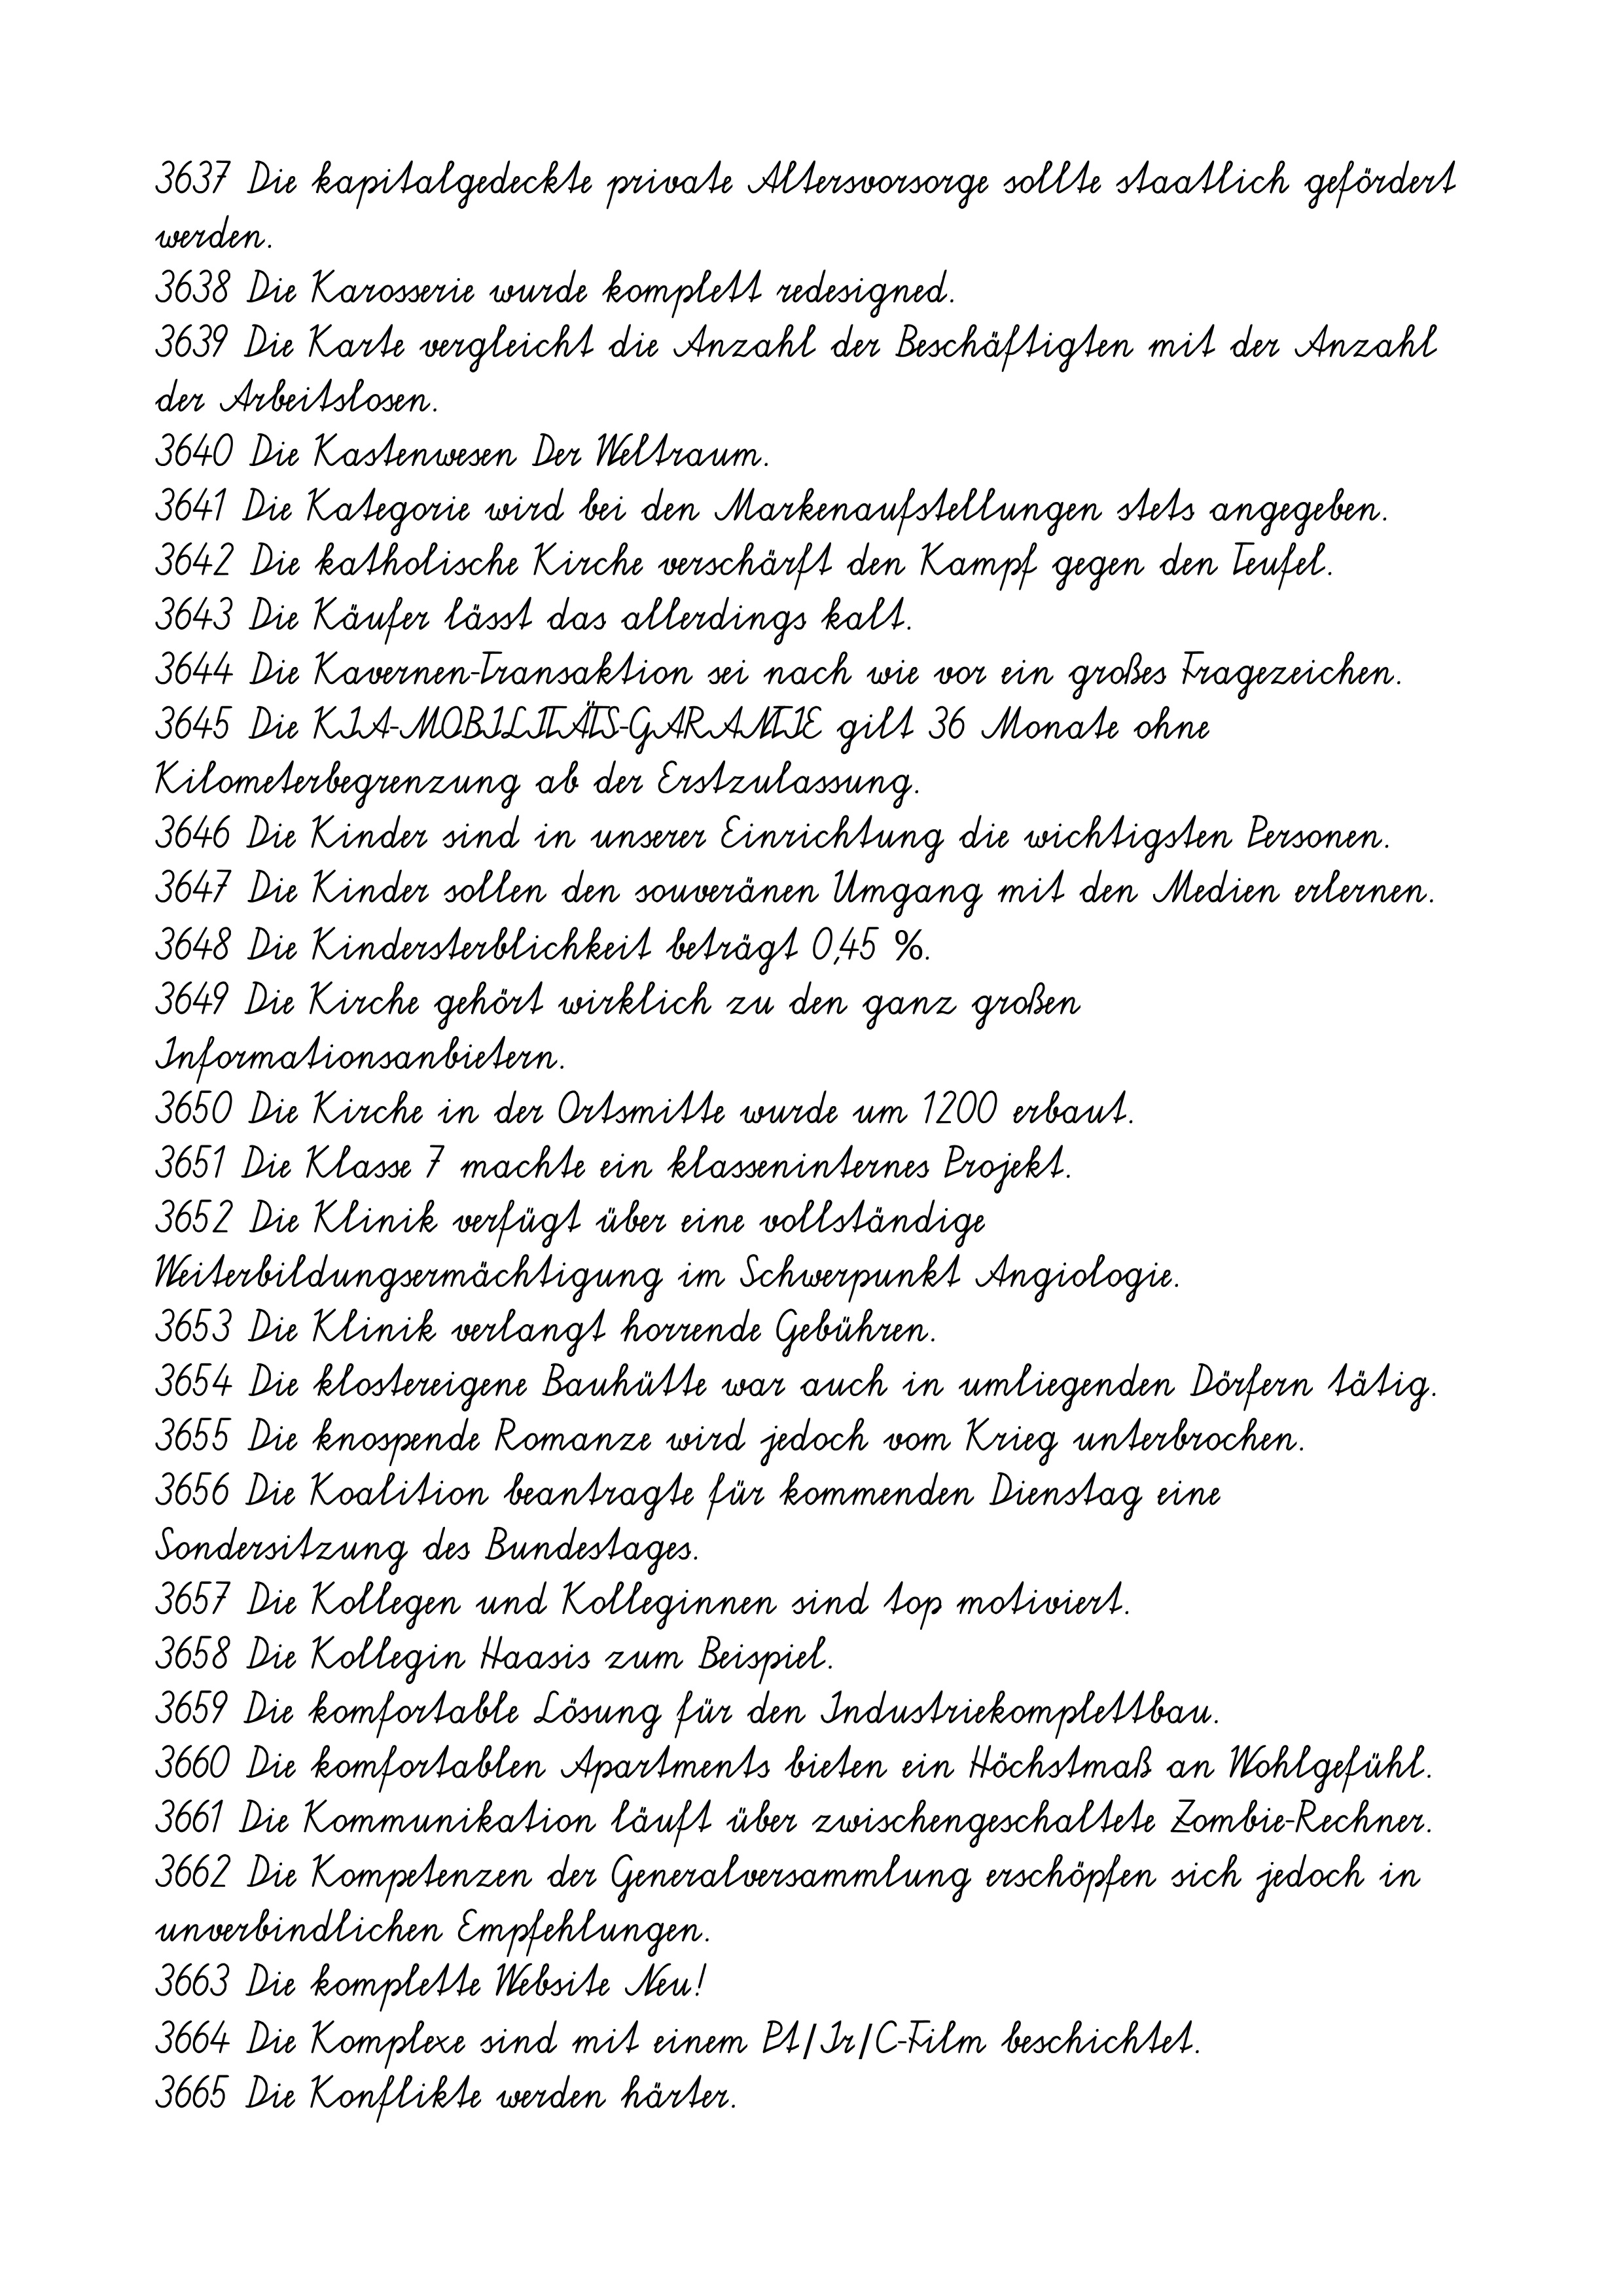
3637 Die kapitalgedeckte private Altersvorsorge sollte staatlich gefördert
werden.
3638 Die Karosserie wurde komplett redesigned.
3639 Die Karte vergleicht die Anzahl der Beschäftigten mit der Anzahl
der Arbeitslosen.
3640 Die Kastenwesen Der Weltraum.
3641 Die Kategorie wird bei den Markenaufstellungen stets angegeben.
3642 Die katholische Kirche verschärft den Kampf gegen den Teufel.
3643 Die Käufer lässt das allerdings kalt.
3644 Die Kavernen-Transaktion sei nach wie vor ein großes Fragezeichen.
3645 Die KIA-MOBILITÄTS-GARANTIE gilt 36 Monate ohne
Kilometerbegrenzung ab der Erstzulassung.
3646 Die Kinder sind in unserer Einrichtung die wichtigsten Personen.
3647 Die Kinder sollen den souveränen Umgang mit den Medien erlernen.
3648 Die Kindersterblichkeit beträgt 0,45 %.
3649 Die Kirche gehört wirklich zu den ganz großen
Informationsanbietern.
3650 Die Kirche in der Ortsmitte wurde um 1200 erbaut.
3651 Die Klasse 7 machte ein klasseninternes Projekt.
3652 Die Klinik verfügt über eine vollständige
Weiterbildungsermächtigung im Schwerpunkt Angiologie.
3653 Die Klinik verlangt horrende Gebühren.
3654 Die klostereigene Bauhütte war auch in umliegenden Dörfern tätig.
3655 Die knospende Romanze wird jedoch vom Krieg unterbrochen.
3656 Die Koalition beantragte für kommenden Dienstag eine
Sondersitzung des Bundestages.
3657 Die Kollegen und Kolleginnen sind top motiviert.
3658 Die Kollegin Haasis zum Beispiel.
3659 Die komfortable Lösung für den Industriekomplettbau.
3660 Die komfortablen Apartments bieten ein Höchstmaß an Wohlgefühl.
3661 Die Kommunikation läuft über zwischengeschaltete Zombie-Rechner.
3662 Die Kompetenzen der Generalversammlung erschöpfen sich jedoch in
unverbindlichen Empfehlungen.
3663 Die komplette Website Neu!
3664 Die Komplexe sind mit einem Pt/Ir/C-Film beschichtet.
3665 Die Konflikte werden härter.